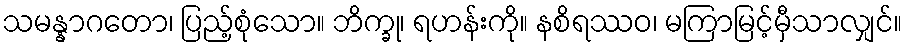
သမန္နာဂတော၊ ပြည့်စုံသော။ ဘိက္ခု၊ ရဟန်းကို။ နစိရဿဝ၊ မကြာမြင့်မှီသာလျှင်။